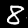
Digit: 8